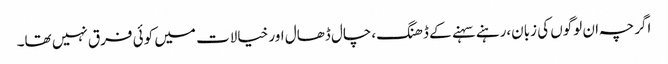
اگرچہ ان لوگوں کی زبان،رہنے سہنے کے ڈھنگ،چال ڈھال اور خیالات میں کوئی فرق نہیں تھا۔